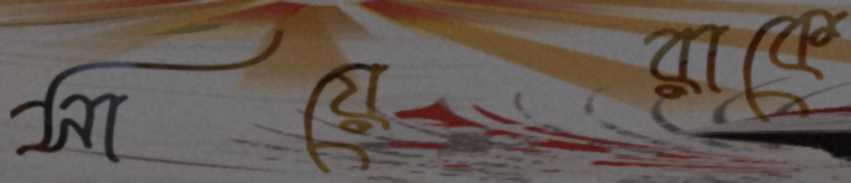
সায়েরাকে